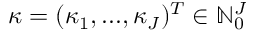
{ \kappa } = ( { \kappa } _ { 1 } , . . . , { \kappa } _ { J } ) ^ { T } \in \mathbb { N } _ { 0 } ^ { J }